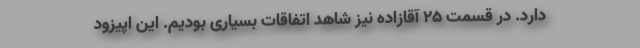
دارد. در قسمت 25 آقازاده نیز شاهد اتفاقات بسیاری بودیم. این اپیزود